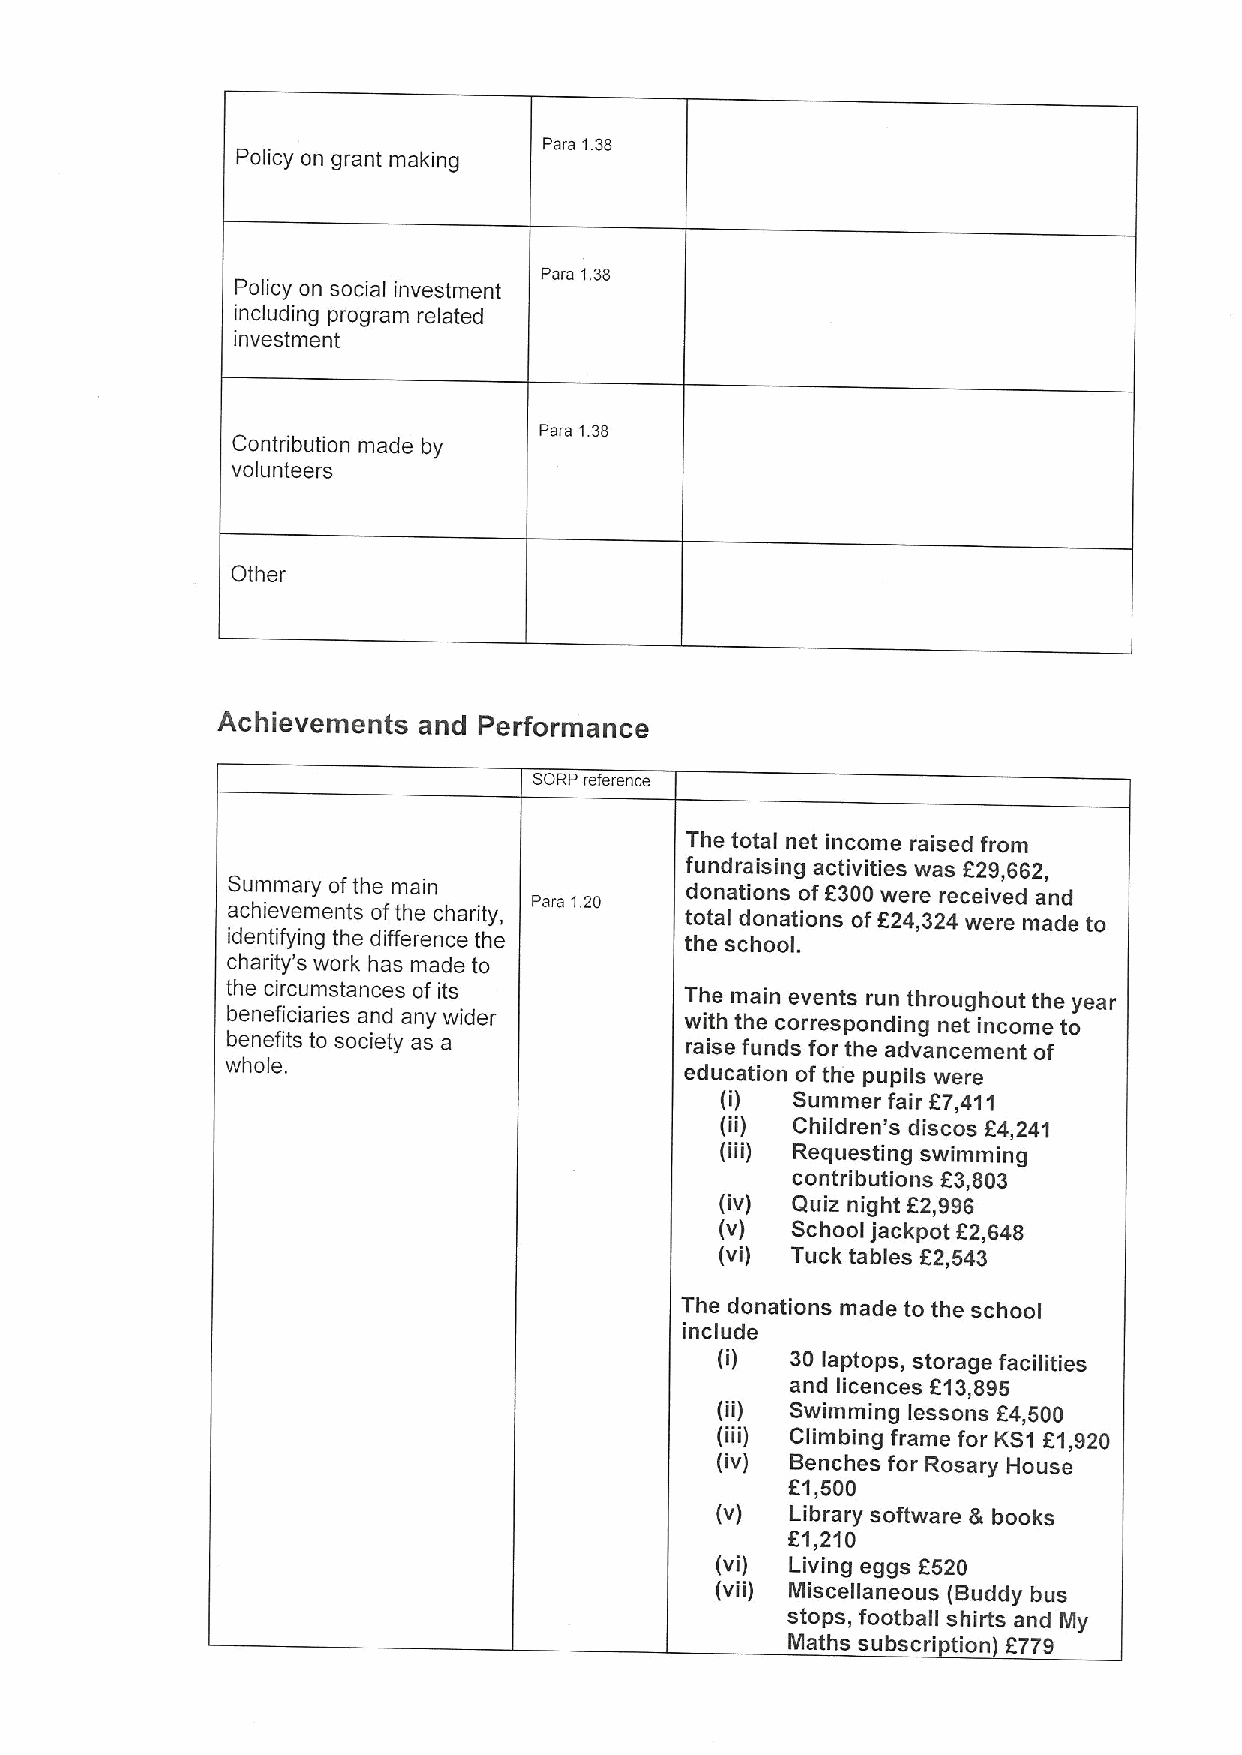
Para 138
 Policy on grant making
 Para 138
 Policy on social investment
 including program related
 investment
 Para 1.38
 Contribution made by
 volunteers
 Other
 Achievements  and Performance
 SORP reference
 The total net income raised from
 fundraising activities was 629,662,
 Summary ofthe main  Para 1.20 donations of6300were received and
 achievements ofthe charity,   total donations off24,324 were made to
 identifying the difference the the school.
 charity's work has made to
 the circumstances of its      The main events run throughout the year
 beneficiaries and any wider   with the corresponding net income to
 benefits to society as a      raise funds for the advancement of
 whole.                        education ofthe pupils were
 (i) Summer fair 67,411
 (ii) Children's discos 64,241
 (iii) Requesting swimming
 contributions 63,803
 (iv) Quiz night 62,996
 (v) School jackpot 62,648
 (vi) Tuck tables 62,543
 The donations made to the school
 include
 (i) 30 laptops, stora ge facilities
 and licences 613,895
 (ii) Swimming lessons 64,500
 (iii) Climbing frame for KS1 61,920
 (iv) Benches for Rosary House
 61,500
 (v)  Library software & books
 61,210
 (vi) Living eggs 6520
 (vii) Miscellaneous (Buddy bus
 stops, football shirts and
 My
 Maths subscri tion 6779